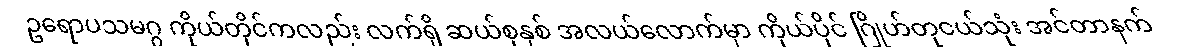
ဥရောပသမဂ္ဂ ကိုယ်တိုင်ကလည်း လက်ရှိ ဆယ်စုနှစ် အလယ်လောက်မှာ ကိုယ်ပိုင် ဂြိုဟ်တုငယ်သုံး အင်တာနက်